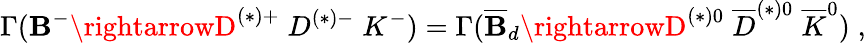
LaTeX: \Gamma(\mathbf{B}^{-}\rightarrowD^{(*)+}\; D^{(*)-}\; K^{-})=\Gamma(\overline{{{\mathbf{B}}}}_{d}\rightarrowD^{(*)0}\; \overline{{{D}}}^{(*)0}\; \overline{{{K}}}^{0})\; ,